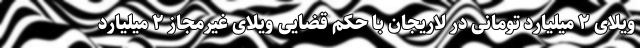
ویلای ۲ میلیارد تومانی در لاریجان با حکم قضایی ویلای غیرمجاز ۲ میلیارد